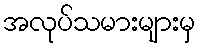
အလုပ်သမားများမှ